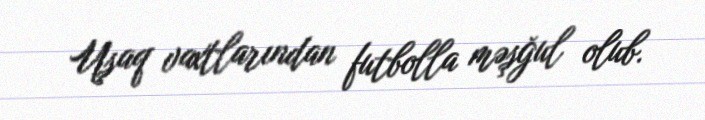
Uşaq vaxtlarından futbolla məşğul olub.